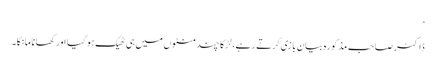
‘
ڈاکٹر صاحب مذکورہ بیان بازی کرتے رہے، لڑکا چند منٹوں میں ہی ٹھیک ہو گیا اور کھانا مانگا۔